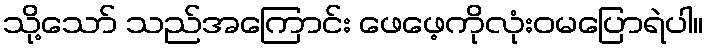
သို့သော် သည်အကြောင်း ဖေဖေ့ကိုလုံးဝမပြောရဲပါ။